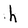
Character: h